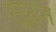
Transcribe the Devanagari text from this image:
सुटन